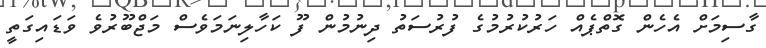
ގާސިމަށް އެހެން ގޮތްޕެއް ހަރުކުރުމުގެ ފުރުސަތު ދިނުމުން ފޫ ކަހާލިނަމަވެސް މަޖްބޫރުވެ ވަޑައިގަތީ